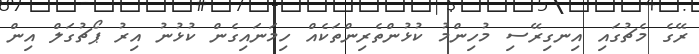
ރޭގެ މެޗުގައި އިނގިރޭސި މުހިންމު ކުޅުންތެރިންތަކެއް ހިމަނައިގެން ކުޅުނު އިރު ޕޯޗުގަލް އިން